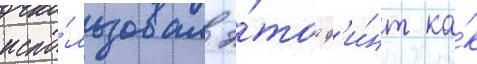
испо́льзовал э́тот ф'и́нт ка́к